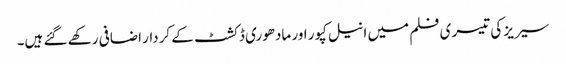
سیریز کی تیسری فلم میں انیل کپور اور مادھوری ڈکشٹ کے کردار اضافی رکھے گئے ہیں۔